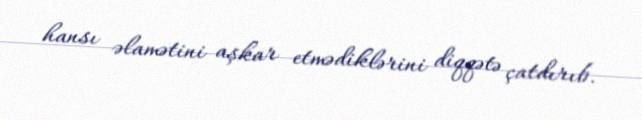
hansı əlamətini aşkar etmədiklərini diqqətə çatdırıb.